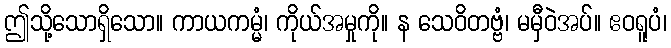
ဤသို့သောရှိသော။ ကာယကမ္မံ၊ ကိုယ်အမှုကို။ န သေဝိတဗ္ဗံ၊ မမှီဝဲအပ်။ ဧဝရူပံ၊